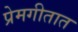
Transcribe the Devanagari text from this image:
प्रेमगीतात